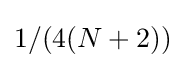
1/(4(N+2))